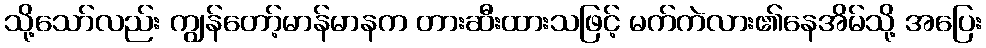
သို့သော်လည်း ကျွန်တော့်မာန်မာနက တားဆီးထားသဖြင့် မက်ကဲလား၏နေအိမ်သို့ အပြေး